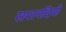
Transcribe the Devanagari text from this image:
सप्तनदियों